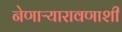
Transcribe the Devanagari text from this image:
नेणाऱ्यारावणाशी